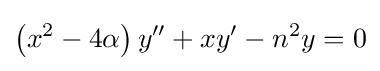
\left(x^{2}-4\alpha \right)y''+xy'-n^{2}y=0